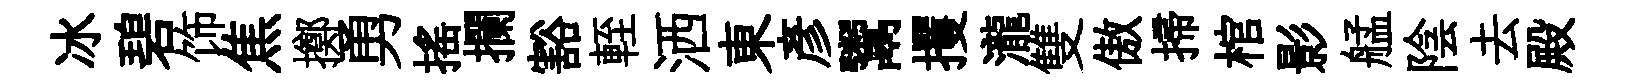
冰碧饰焦擲勇揺攔豁輊洒東彥鬻攫瀧雙傲掃棺影艋陰去殿